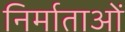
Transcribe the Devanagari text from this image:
निर्माताआें